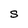
Character: S